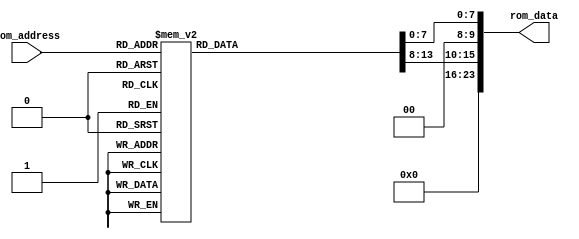
module altera_up_av_config_auto_init_ltm (
	rom_address,
	rom_data
);
input			[ 4: 0]	rom_address;
output		[23: 0]	rom_data;
reg			[23: 0]	data;
assign rom_data = {data[13: 8], 2'h0, 
						data[ 7: 0]};
always @(*)
begin
	case (rom_address)
	0		:	data	<=	{6'h02, 8'h07};
	1		:	data	<=	{6'h03, 8'hDF};
	2		:	data	<=	{6'h04, 8'h17};
	3		:	data	<=	{6'h11, 8'h00};
	4		:	data	<=	{6'h12, 8'h5B};
	5		:	data	<=	{6'h13, 8'hFF};
	6		:	data	<=	{6'h14, 8'h00};
	7		:	data	<=	{6'h15, 8'h20};
	8		:	data	<=	{6'h16, 8'h40};
	9		:	data	<=	{6'h17, 8'h80};
	10		:	data	<=	{6'h18, 8'h00};
	11		:	data	<=	{6'h19, 8'h80};
	12		:	data	<=	{6'h1A, 8'h00};
	13		:	data	<=	{6'h1B, 8'h00};
	14		:	data	<=	{6'h1C, 8'h80};
	15		:	data	<=	{6'h1D, 8'hC0};
	16		:	data	<=	{6'h1E, 8'hE0};
	17		:	data	<=	{6'h1F, 8'hFF};
	18		:	data	<=	{6'h20, 8'hD2};
	19		:	data	<=	{6'h21, 8'hD2};
	default	:	data	<=	14'h0000;
	endcase
end
endmodule